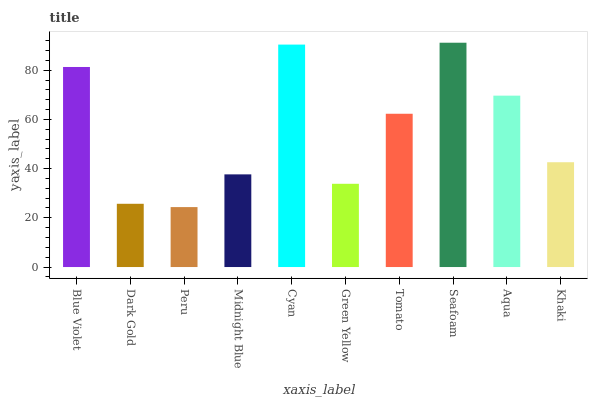
| xaxis_label | bars |
 | --- | --- |
 | Blue Violet | 81.3 |
 | Dark Gold | 25.7 |
 | Peru | 24.4 |
 | Midnight Blue | 37.7 |
 | Cyan | 90.4 |
 | Green Yellow | 33.8 |
 | Tomato | 62.3 |
 | Seafoam | 91.2 |
 | Aqua | 69.7 |
 | Khaki | 42.6 |